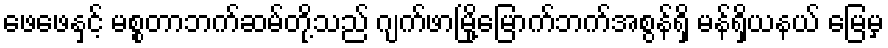
ဖေဖေနှင့် မစ္စတာဘက်ဆမ်တို့သည် ဂျက်ဖာမြို့မြောက်ဘက်အစွန်ရှိ မန်ရှိယနယ် မြေမှ